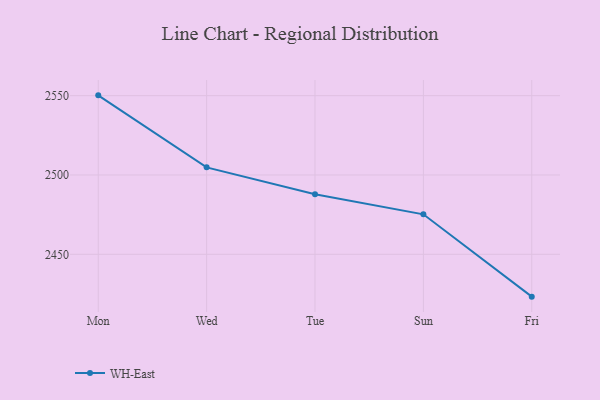
{"axis": {"x": "Day", "y": "Market Share (%)"}, "legend": ["WH-East"], "data": [{"x": "Mon", "y": 2550.2, "type": "WH-East"}, {"x": "Wed", "y": 2504.8, "type": "WH-East"}, {"x": "Tue", "y": 2487.9, "type": "WH-East"}, {"x": "Sun", "y": 2475.2, "type": "WH-East"}, {"x": "Fri", "y": 2423.3, "type": "WH-East"}]}